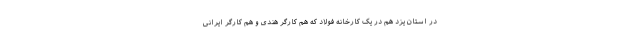
در استان یزد هم در یک کارخانه فولاد که هم کارگر هندی و هم کارگر ایرانی